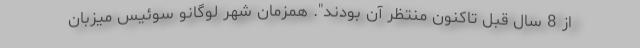
از 8 سال قبل تاکنون منتظر آن بودند". همزمان شهر لوگانو سوئیس میزبان